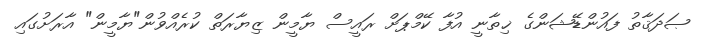
ޞަދަޤާތު ފައުންޑޭޝަންގެ ޚިތާނީ އުފާ ކޭމްޕަށް ރައީސް ޔާމީން ޒިޔާރަތް ކުރެއްވުން"ޔާމީން" އާރަށުގައި